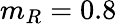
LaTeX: m_{R}=0.8